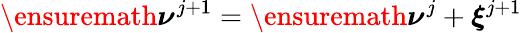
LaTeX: \ensuremath{\boldsymbol\nu}^{j+1}=\ensuremath{\boldsymbol\nu}^{j}+\boldsymbol\xi^{j+1}